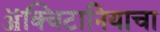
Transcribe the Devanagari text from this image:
ॲक्विटानियाचा